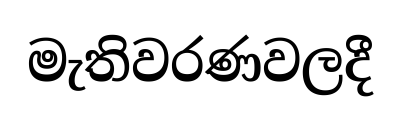
මැතිවරණවලදී